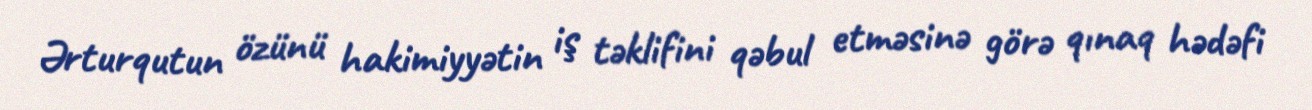
Ərturqutun özünü hakimiyyətin iş təklifini qəbul etməsinə görə qınaq hədəfi